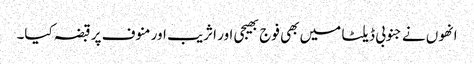
انھوں نے جنوبی ڈیلٹا میں بھی فوج بھیجی اور اثریب اور منوف پر قبضہ کیا۔